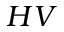
H V